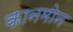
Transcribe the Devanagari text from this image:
कानमोन